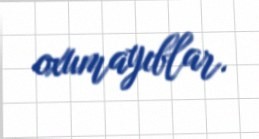
oxumayıblar.